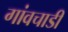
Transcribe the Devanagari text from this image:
गांवचाडी